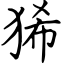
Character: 狶